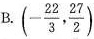
B.$$(- \frac{22}{3}, \frac{27}{2})$$